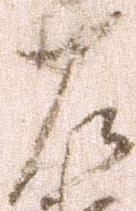
左